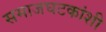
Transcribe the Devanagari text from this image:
समाजघटकांशी